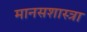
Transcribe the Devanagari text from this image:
मानसशास्त्रा